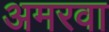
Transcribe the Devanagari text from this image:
अमरवा